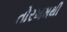
તોરખમથી